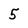
Character: 5